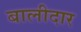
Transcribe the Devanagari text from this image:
बालीदार